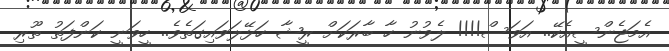
އެމަޖެންސީއެކޭ.. އަވަސް!!!! ލެވުނު ހާ ބާރަކަށް ރީޝާ ހަޅޭލަވައިގަތެވެ.. ހީވަނީ ކަންފަތު ތޫރި